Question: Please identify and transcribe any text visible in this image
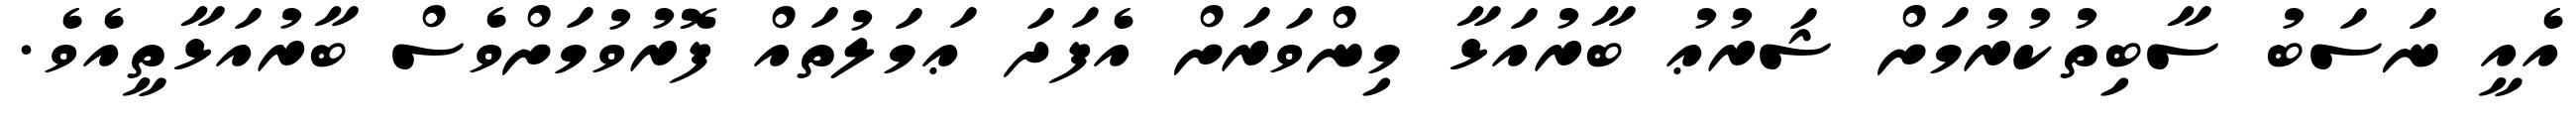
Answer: އެއީ ނަސަބު ސާބިތުކުރުމަށް ޝަރުޢު ބާރުއަޅާ މިންވަރަށް އެފަދަ ޢަމަލުތައް ފޮރުވުމަށްވެސް ބާރުއަޅާތީއެވެ.